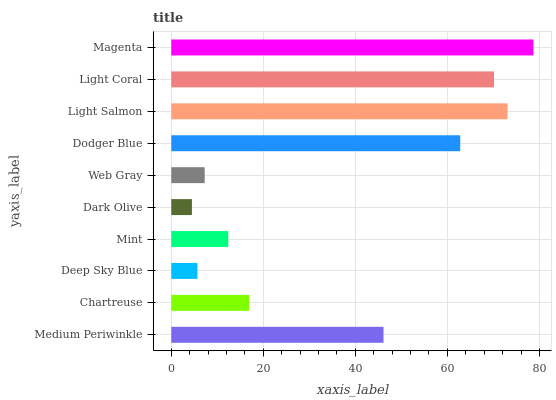
| yaxis_label | bars |
 | --- | --- |
 | Medium Periwinkle | 46.1 |
 | Chartreuse | 16.9 |
 | Deep Sky Blue | 5.68 |
 | Mint | 12.4 |
 | Dark Olive | 4.49 |
 | Web Gray | 7.26 |
 | Dodger Blue | 62.8 |
 | Light Salmon | 73.1 |
 | Light Coral | 70.1 |
 | Magenta | 78.7 |